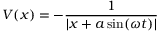
V ( x ) = - { \frac { 1 } { \left| x + a \sin ( \omega t ) \right| } }